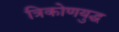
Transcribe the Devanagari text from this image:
त्रिकोणयुद्ध